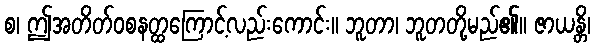
စ၊ ဤအတိတ်ဝစနတ္ထကြောင့်လည်းကောင်း။ ဘူတာ၊ ဘူတတို့မည်၏။ ဇာယန္တိ၊